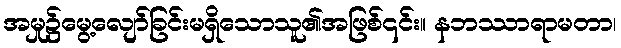
အမှု၌မွေ့လျော်ခြင်းမရှိသောသူ၏အဖြစ်၎င်း။ နဘဿာရာမတာ၊